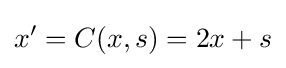
x'=C(x,s)=2x+s